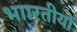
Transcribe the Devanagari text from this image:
भाारतीयों